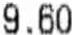
9.60